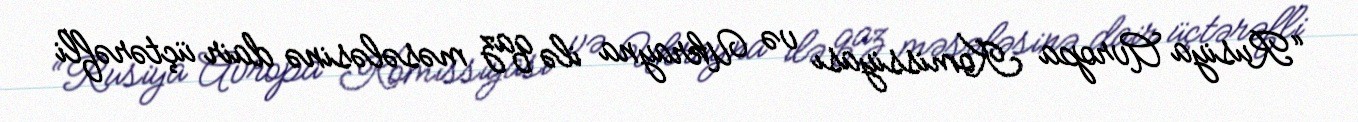
“Rusiya Avropa Komissiyası və Ukrayna ilə qaz məsələsinə dair üçtərəfli